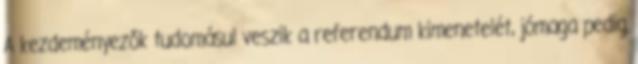
A kezdeményezők tudomásul veszik a referendum kimenetelét, jómaga pedig